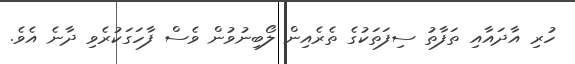
ހުރި އާދައާއި ތަފާތު ސިފަތަކުގެ ތެރެއިން ލޯބިނުވުން ވެސް ފާހަގަކުރެވި ދާނެ އެވެ.